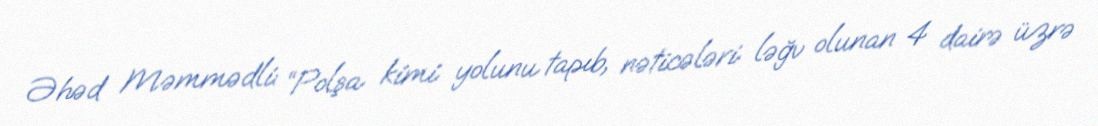
Əhəd Məmmədli: “Polşa kimi yolunu tapıb, nəticələri ləğv olunan 4 dairə üzrə